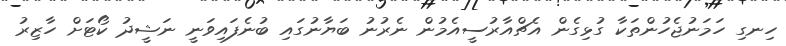
ހިނގި ހަމަނުޖެހުންތަކާ ގުޅިގެން އެޗްއާރުސީއެމުން ނެރުނު ބަޔާނުގައި ބުނެފައިވަނީ ނަޝީދު ކޯޓަށް ހާޒިރު